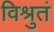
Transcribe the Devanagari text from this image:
विश्रुतं